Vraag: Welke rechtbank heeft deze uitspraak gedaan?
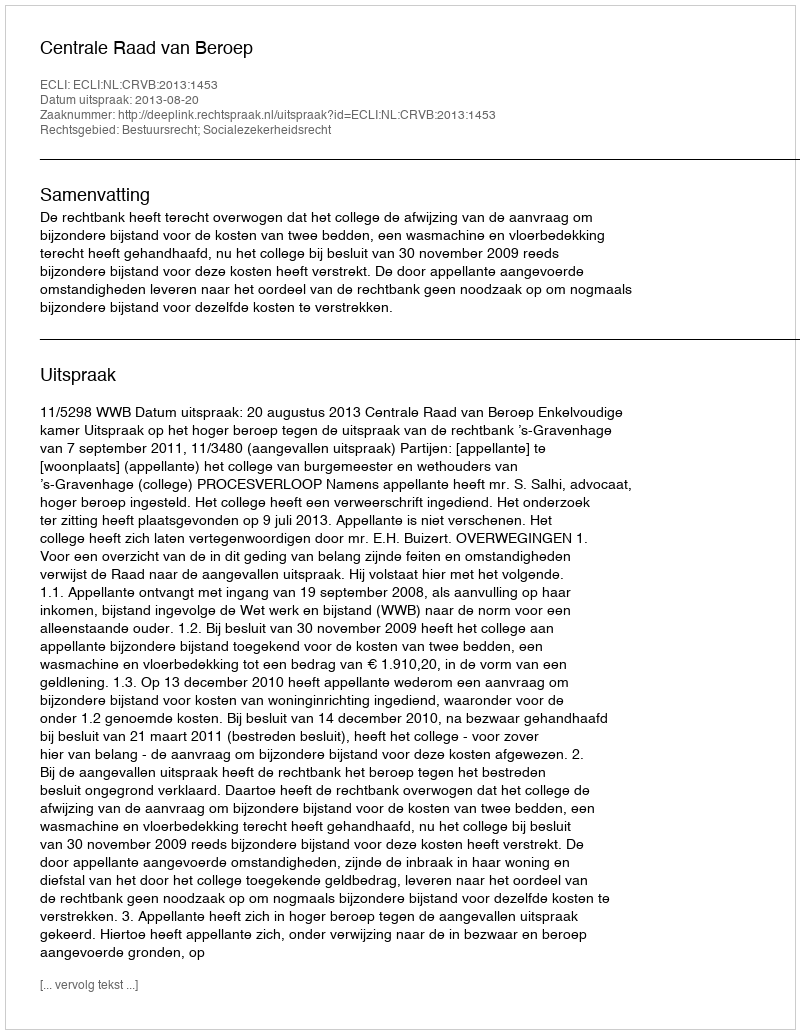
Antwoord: Centrale Raad van Beroep